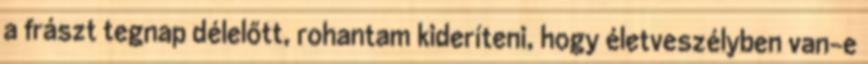
a frászt tegnap délelőtt, rohantam kideríteni, hogy életveszélyben van-e